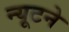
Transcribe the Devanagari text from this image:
न्यूटने